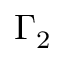
\Gamma _ { 2 }